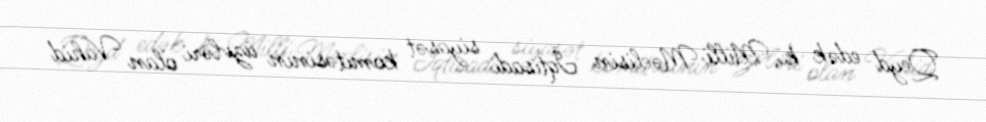
Qeyd edək ki, Milli Məclisin İqtisadi siyasət komitəsinin üzvləri olan Vahid